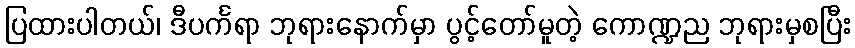
ပြထားပါတယ်၊ ဒီပင်္ကရာ ဘုရားနောက်မှာ ပွင့်တော်မူတဲ့ ကောဏ္ဍည ဘုရားမှစပြီး